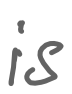
Text: is
Cross-out: clean
Writing tool: digital_gray